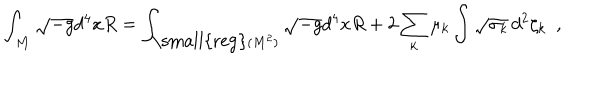
\int _ { \cal M } \sqrt { - g } d ^ { 4 } x R = \int _ { { \mathrm { \small { r e g } } } ( M ^ { 2 } ) } \sqrt { - g } d ^ { 4 } x R + 2 \sum _ { k } \mu _ { k } \int \sqrt { \sigma _ { k } } \, d ^ { 2 } \zeta _ { k } ~ ~ ,